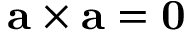
\mathbf { a } \times \mathbf { a } = \mathbf { 0 }